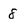
Character: 8